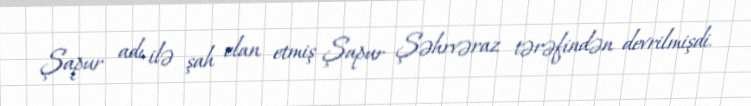
Şapur adı ilə şah elan etmiş Şapur Şəhrvəraz tərəfindən devrilmişdi.